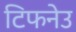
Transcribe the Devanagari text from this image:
टिफनेउ